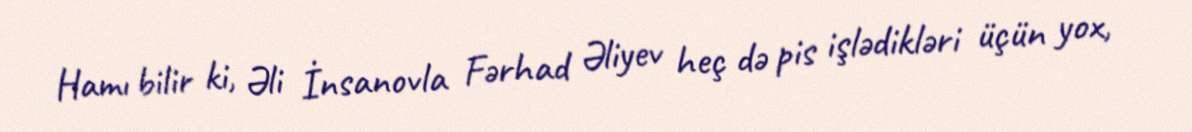
Hamı bilir ki, Əli İnsanovla Fərhad Əliyev heç də pis işlədikləri üçün yox,